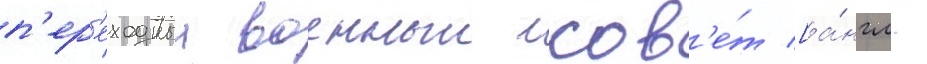
п'ер'еходныи военныи сов'е́т [а́нгл.